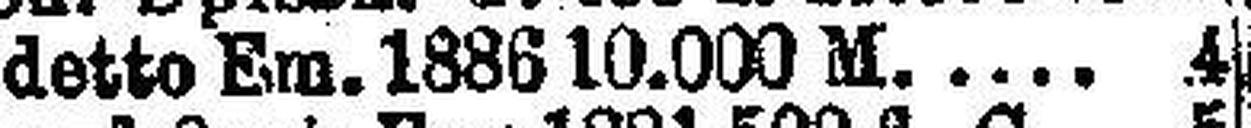
detto Em. 1886 10.000 M. 4